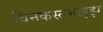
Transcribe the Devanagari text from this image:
विनकस्टमाइझ